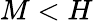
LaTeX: M<H